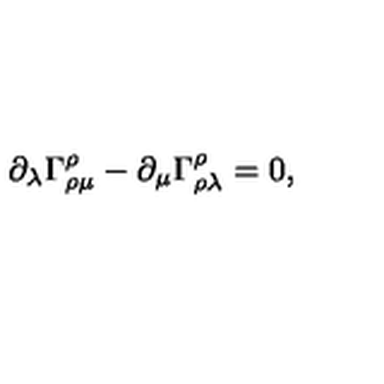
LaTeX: \partial _ { \lambda } \Gamma _ { \rho \mu } ^ { \rho } - \partial _ { \mu } \Gamma _ { \rho \lambda } ^ { \rho } = 0 ,